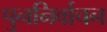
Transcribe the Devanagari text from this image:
पुननिर्वाचन